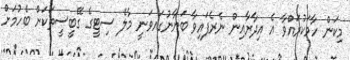
މިކަން ހާމަކުރައްވާ އެ އިދާރާއިން ނެރެފައިވާ ބަޔާނުގައވަނީ މާލެ ސިޓީގެ ގޭބީސީތަކަށް ބެހުމަށް